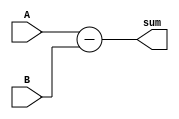
module Subtraction(
	input [3:0] A, B,
	output reg [3:0] sum
);


	always @*
	begin
		sum = A - B;
	end

endmodule